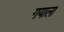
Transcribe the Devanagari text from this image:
गयाला